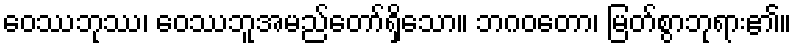
ဝေဿဘုဿ၊ ဝေဿဘူအမည်တော်ရှိသော။ ဘဂဝတော၊ မြတ်စွာဘုရား၏။